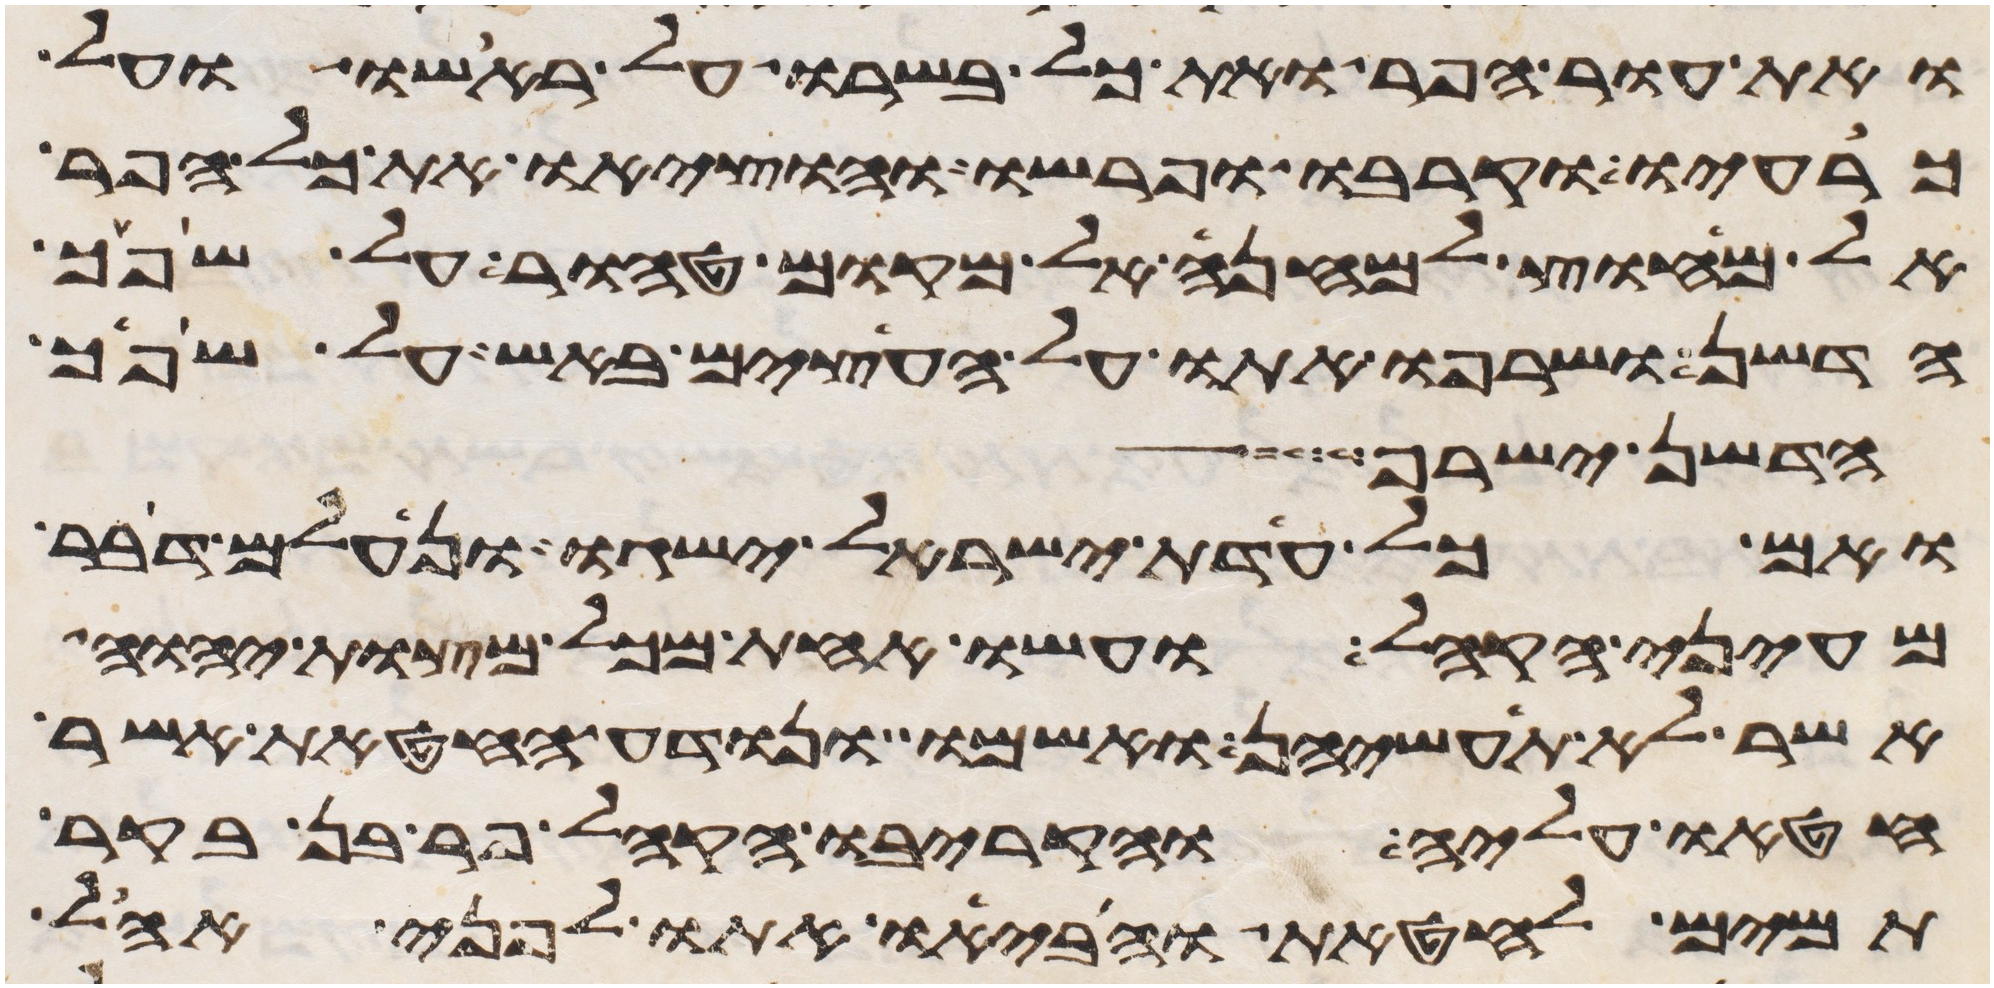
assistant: ואת עור הפר ואת כל בשרו על ראשו ועל
כרעיו וקרבו ופרשו והוציאו את כל הפר
אל מחוץ למחנה אל מקום טהור על שפך
הדשן ושרפו אתו על העצים באש על שפך
הדשן ישרף
ואם כל עדת ישראל ישגו ונעלם דבר
מעיני הקהל ועשו אחת מכל מצות יהוה
אשר לא תעשיהן ואשמו ונודע החטאת אשר
חטאו עליה והקריבו הקהל פר בן בקר
תמים לחטאת והביאו אתו לפני אהל